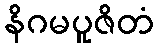
နိဂမပူဇိတံ